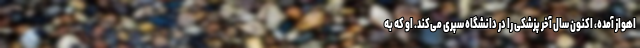
اهواز آمده، اکنون سال آخر پزشکی را در دانشگاه سپری می‌کند. او که به